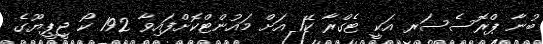
ބުނާ ޕްރޮސެސަރ އަކީ ޓެގްރާ ކޭ1 އަށް މައުންޓްކޮށްފައިވާ 192 ކޯ ޖީޕީޔޫގެ